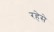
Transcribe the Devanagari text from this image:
रहेसे